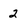
Character: 2